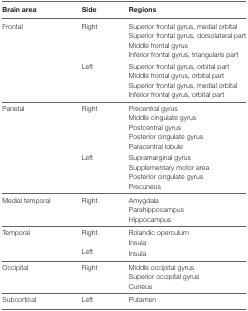
<table><thead><tr><td><b>Brain area</b></td><td><b>Side</b></td><td><b>Regions</b></td></tr></thead><tbody><tr><td>Frontal</td><td>Right</td><td>Superior frontal gyrus, medial orbital</td></tr><tr><td></td><td></td><td>Superior frontal gyrus, dorsolateral part</td></tr><tr><td></td><td></td><td>Middle frontal gyrus</td></tr><tr><td></td><td></td><td>Inferior frontal gyrus, triangularis part</td></tr><tr><td></td><td>Left</td><td>Superior frontal gyrus, orbital part</td></tr><tr><td></td><td></td><td>Middle frontal gyrus, orbital part</td></tr><tr><td></td><td></td><td>Superior frontal gyrus, medial orbital</td></tr><tr><td></td><td></td><td>Inferior frontal gyrus, orbital part</td></tr><tr><td>Parietal</td><td>Right</td><td>Precentral gyrus</td></tr><tr><td></td><td></td><td>Middle cingulate gyrus</td></tr><tr><td></td><td></td><td>Postcentral gyrus</td></tr><tr><td></td><td></td><td>Posterior cingulate gyrus</td></tr><tr><td></td><td></td><td>Paracentral lobule</td></tr><tr><td></td><td>Left</td><td>Supramarginal gyrus</td></tr><tr><td></td><td></td><td>Supplementary motor area</td></tr><tr><td></td><td></td><td>Posterior cingulate gyrus</td></tr><tr><td></td><td></td><td>Precuneus</td></tr><tr><td>Medial temporal</td><td>Right</td><td>Amygdala</td></tr><tr><td></td><td></td><td>Parahippocampus</td></tr><tr><td></td><td></td><td>Hippocampus</td></tr><tr><td>Temporal</td><td>Right</td><td>Rolandic operculum</td></tr><tr><td></td><td></td><td>Insula</td></tr><tr><td></td><td>Left</td><td>Insula</td></tr><tr><td>Occipital</td><td>Right</td><td>Middle occipital gyrus</td></tr><tr><td></td><td></td><td>Superior occipital gyrus</td></tr><tr><td></td><td></td><td>Cuneus</td></tr><tr><td>Subcortical</td><td>Left</td><td>Putamen</td></tr></tbody></table>